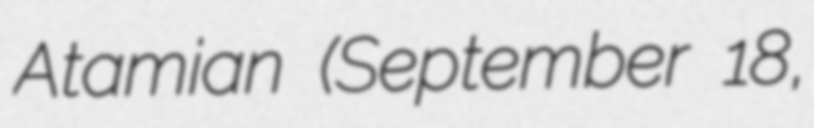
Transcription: Atamian (September 18,